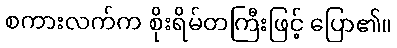
စကားလက်က စိုးရိမ်တကြီးဖြင့် ပြော၏။